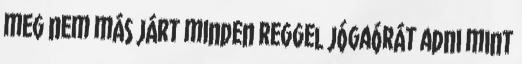
meg nem más járt minden reggel jógaórát adni mint